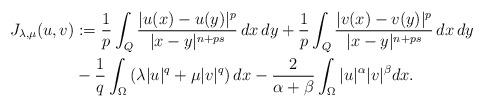
LaTeX: \begin{align*}J_{\lambda,\mu}(u,v)&:=\frac{1}{p}\int_Q\frac{|u(x)-u(y)|^p}{|x-y|^{n+ps}} \,dx\,dy+\frac{1}{p}\int_Q\frac{|v(x)-v(y)|^p}{|x-y|^{n+ps}} \,dx\,dy \\&-\frac{1}{q}\int_\Omega \left(\lambda |u|^{q}+ \mu |v|^{q} \right)dx-\frac{2}{\alpha+\beta}\int_\Omega|u|^{\alpha}|v|^\beta dx.\end{align*}